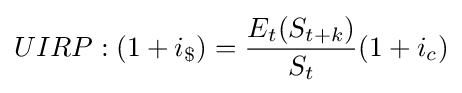
UIRP:(1+i_{\$})={\frac {E_{t}(S_{t+k})}{S_{t}}}(1+i_{c})